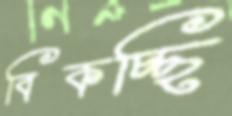
বিকচ্ছি